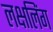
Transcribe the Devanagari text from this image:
लक्षलिंग